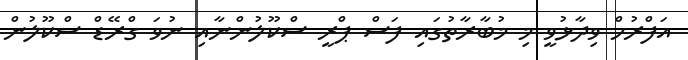
އަފްރުހް ވިދާޅުވީ މި މުބާރާތުގައި ފަސް ޕްރީ ސްކޫލުންނާއި ނުވަ ގްރޭޑް ސްކޫލުން